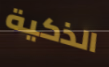
الذكية